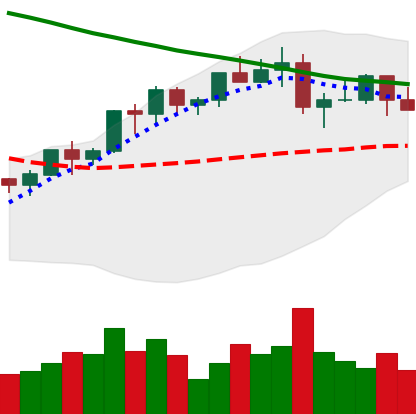
Ticker: LTC-USD
Chart end date: 2022-04-05
Forward return: -9.771%
Label: down_7plus